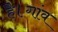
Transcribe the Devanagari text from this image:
है।गांव